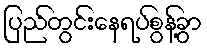
ပြည်တွင်းနေရပ်စွန့်ခွာ